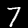
Digit: 7